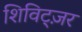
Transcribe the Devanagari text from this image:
शिविट्ज़र